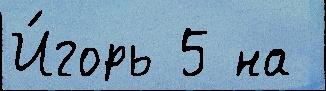
И́горь 5 на